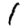
Digit: 1